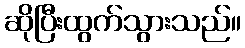
ဆိုပြီးထွက်သွားသည်။